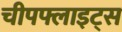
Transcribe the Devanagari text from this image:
चीपफ्लाइट्स